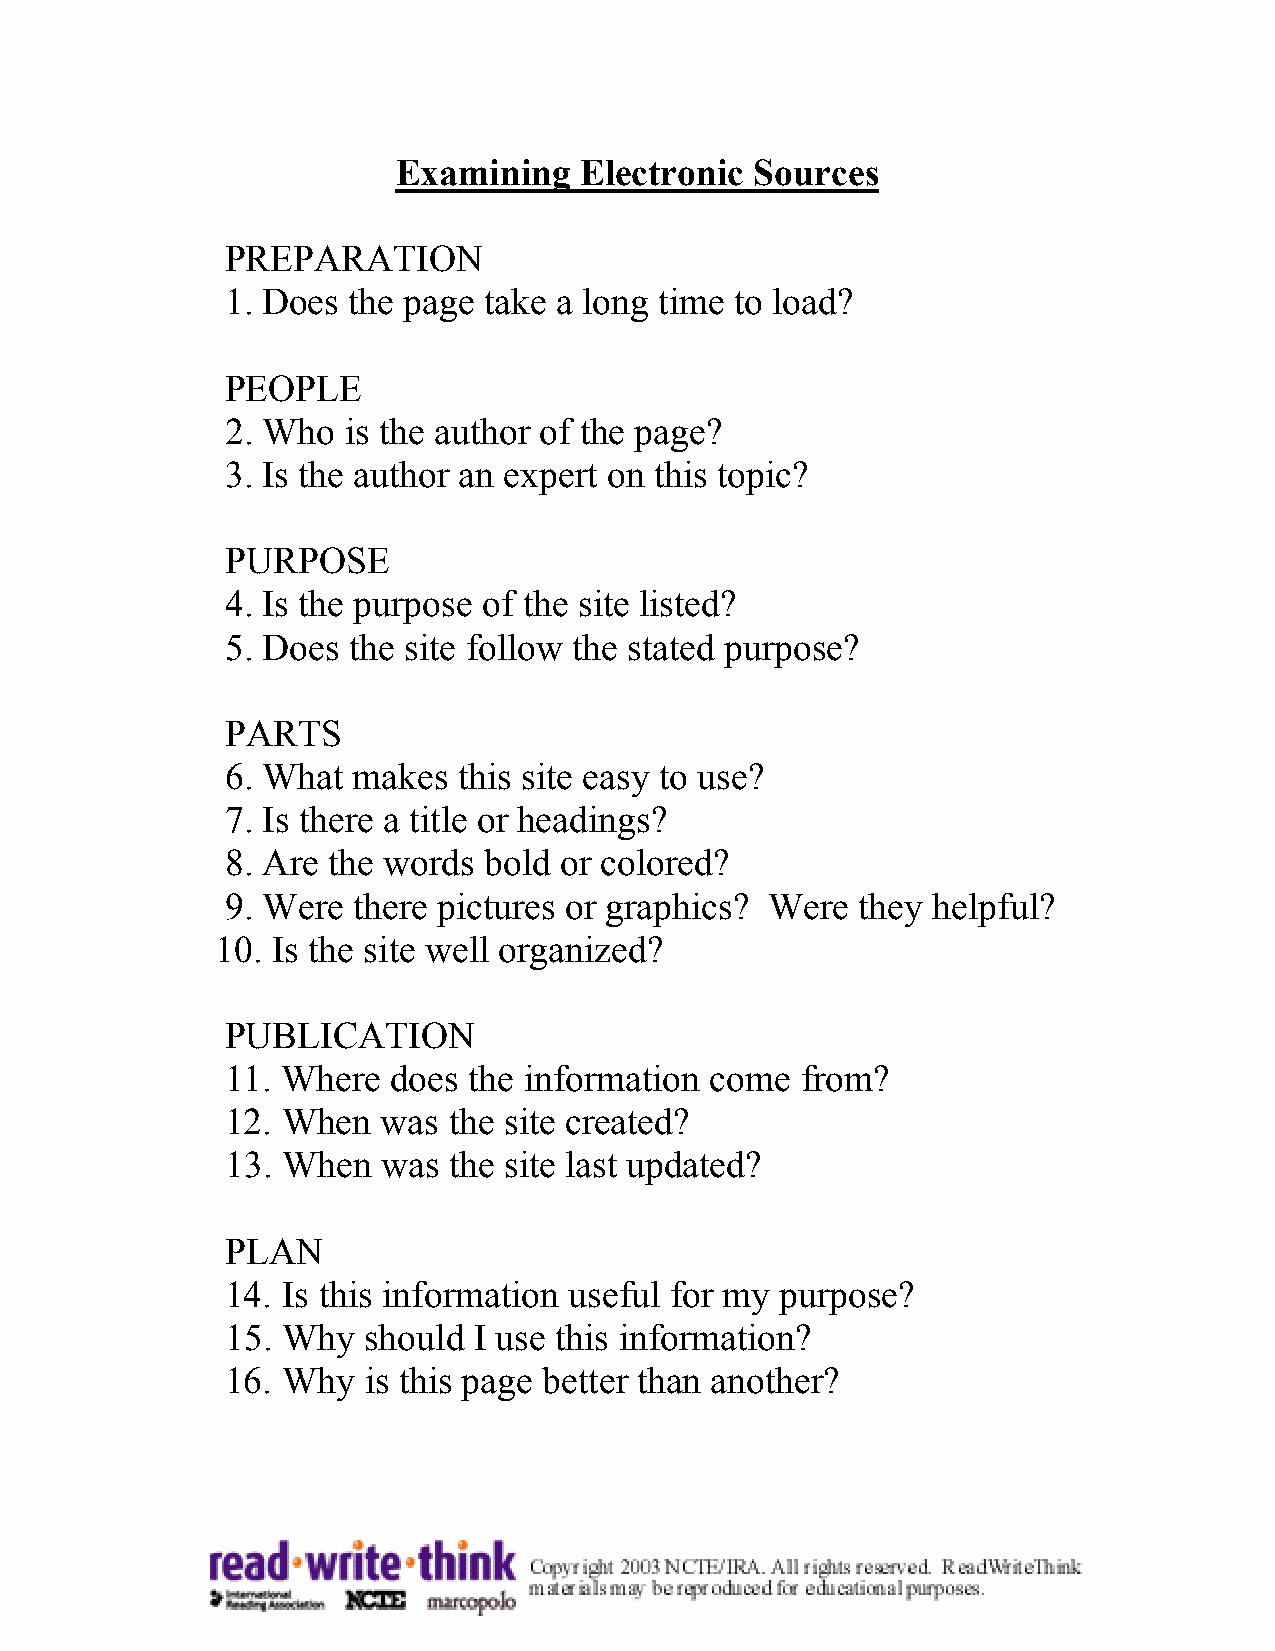
Examining   Electronic  Sources
 PREPARATION
 1. Does the page take a long time to load?
 PEOPLE
 2. Who  is the author of the page?
 3. Is the author an expert on this topic?
 PURPOSE
 4. Is the purpose of the site listed?
 5. Does the site follow the stated purpose?
 PARTS
 6. What makes  this site easy to use?
 7. Is there a title or headings?
 8. Are the words bold or colored?
 9. Were there pictures or graphics? Were  they helpful?
 10. Is the site well organized?
 PUBLICATION
 11. Where  does the information come  from?
 12. When  was  the site created?
 13. When  was  the site last updated?
 PLAN
 14. Is this information useful for my purpose?
 15. Why  should I use this information?
 16. Why  is this page better than another?